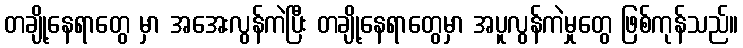
တချို့နေရာတွေ မှာ အအေးလွန်ကဲပြီး တချို့နေရာတွေမှာ အပူလွန်ကဲမှုတွေ ဖြစ်ကုန်သည်။